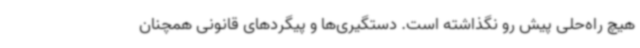
هیچ راه‌حلی پیش رو نگذاشته است. دستگیری‌ها و پیگردهای قانونی همچنان